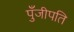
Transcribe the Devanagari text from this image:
पुँजीपति